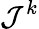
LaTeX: \mathcal{J}^{k}